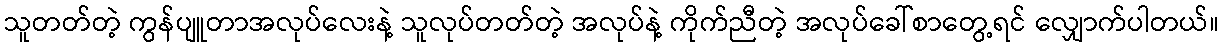
သူတတ်တဲ့ ကွန်ပျူတာအလုပ်လေးနဲ့ သူလုပ်တတ်တဲ့ အလုပ်နဲ့ ကိုက်ညီတဲ့ အလုပ်ခေါ်စာတွေ့ရင် လျှောက်ပါတယ်။